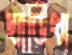
হ্যাডিথা